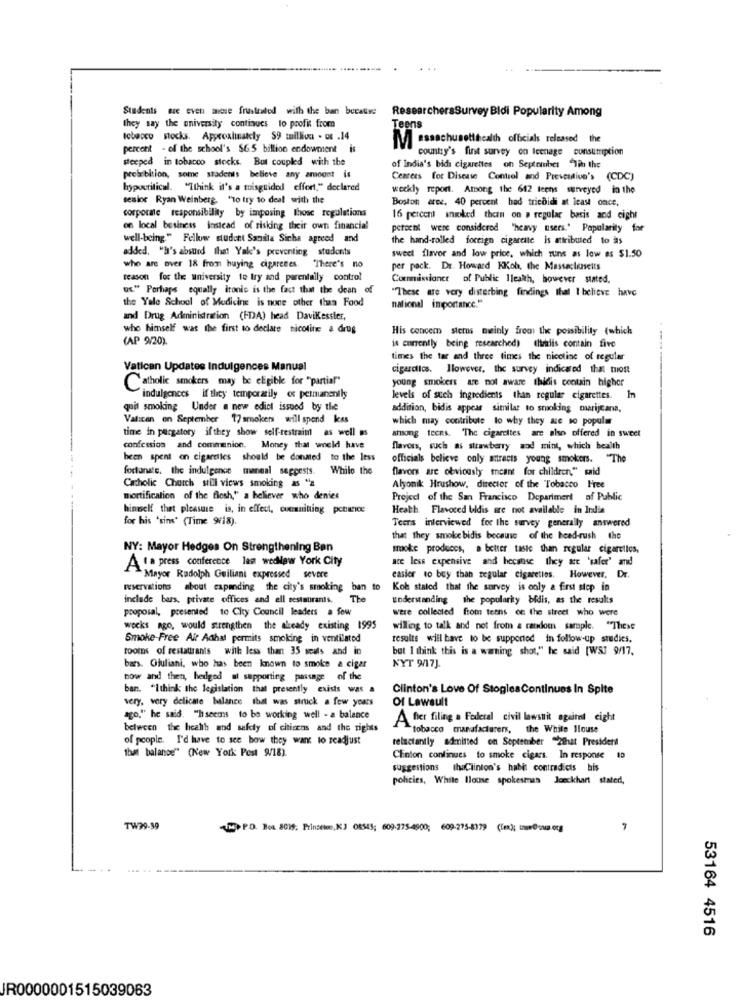
Students are even asse frustrated with the ban because
ResearchersSurvey Bldi Popularity Among
they say the university continues to profit from
Teens
tobacco stocks. Approximately 59 million - ot .14
Massachusettscalth officials released the
percont - of the school's $6.5 billion endowment
country's first survey on Icenage consumption
steeped in tobacco stocks. But coupled with the
of India's bidi cigarettes on September "Tin the
probiblion, some stadenis believe any amount is
Centers for Disease Control and Prevention's (CDC)
hypocritical. "Ithink it's a misguided effort," declared
weekly report. Among the 642 teens surveyed in the
senior Ryan Weinberg, "To try to deal with the
Boston aree, 40 percent had tricoidi at least once,
corporate responsibility by imposing those regulations
16 percent smoked then on a regular basis and eight
on local business instead of risking their own financial
peteent were considered "heavy users." Popularity for
well-being." Fellow student Sanila Sicha agreed and
the hand-rolled foreign cigarette is attributed to as
added, "ha's absurd that Yale's preventing students
sweet flavor and low price, which runs as low as $1.50
who are over 18 from buying cigarettes. "There's no
per pack. Dr. Howard KKoh, the Massachusetts
reason for the university to try and parentally control
Commissioner of Public 1leakth, however stated,
us." Porhaps equally ironic is the fact that the dean of
"These are very disterbing findings thal I believe have
the Yale School of Medicine is none other than Food
national importance."
and Drug Administration (FDA) head DaviKessler,
who himself was the first to declare nicoline a drug
His concerns stemus meinly from the possibility (which
(AP 9/20).
is currently being researched) thirdis contain five
times the tar and three times the nicotine of regular
Vatican Updates Indulgences Manual
cigarclics. ]lowover, the survey indicared that tuost
Catholic smokers may be eligible for "partial"
young smokers are not aware thidis contain higher
indulgences if they temporarily os permanently
levels of such ingredients than regular cigarettes. In
quit smoking Under a new edict issued by the
addition, bidis appear similar to smoking marijcana,
Vatican on September 17 smokers will spend kes
which may contribute to why they are so popular
time in purgatory if they show self-restrain as well as
among teens. "The cigarettes are also offered in sweet
confession and communion. Money that would have
flavors, such as strawberry aod mint, which health
been spent on cigaretles should be donated to the less
officials believe only atracts young smokers. "The
fortunate, the indulgence manual segpests.
While the
flavors are obviously meant for children," said
Catholic Church still views smoking as "a
Alyonik Hrushow, director of the Tobacco Free
mortification of the flesh," a believer who denies
Projed of the San Francisco Deparimert of Public
hinwelf thet pleasure is, in effect, cuenitting pctance
Heath. Flavored bidis are not available in India
for his 'sins' (Time 9/18).
Teens interviewed for the survey generally answered
that they smoke bidis because of the head-rush the
NY: Mayor Hedges On Strengthening Ban
smoke produces, a better taste than regular cigaretics,
a press conference les wedNew York City
ace less expensive and hecatise they are 'safer' and
- Mayor Rudolph Guiliani expressed severe
easier to bey than regular cigarettes. However, Dr.
reservations about expanding the city's smoking ban to
Koh stated that the survey is only a first step in
include bars, private offices and ell restaurants.
The
understanding the popularity bidis, as the results
proposal, presented to City Council leaders a few
were collected from tetns of the street who were
weeks ago, would strengthen the already existing 1995
willing to talk and not from a random sample. "These
Smoke-Free Air Adhat permits smoking in ventilated
results will have to be supported in follow-up studies,
toomas of restattrants with less than 35 scals and in
but I think this is a warning shot," he said [WSJ 9/17.
bars. Giuliani, who has been known to smoke a cigar
NYT 9/17J.
now and then, hedged al supporting passage of the
ban. "Ithink the legislation that presently exists was a
Clinton's Love Of Stogles Continues In Spite
very, very delicate balance that was struck a few years
Of Lawsult
ago," he said. "h seems to be working well - a balance
A fier filing a Federal civil lawsuit against eight
between the health and safety of citizens and the rights
tobacco manufacturers, the White House
of people. I'd have to see how they want to readjust
reluctantly admitted on September "2that President
that balance" (New York Post 9/18)
Clinton continues to smoke cigars. In response 10
suggestions IhaClinton's habit contradicts his
policies, White Blouse spokesman Jonckhart stated,
TW99-99
( P.O. Boa 8019, Princeton, K3 08543; 609-275-4900; 609-275-8379 (Tm); tam@-una org
53164 4516
JR0000001515039063